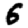
Digit: 6